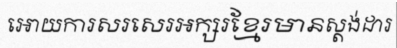
អោយការសរសេរអក្សរខ្មែរមានស្តង់ដារ